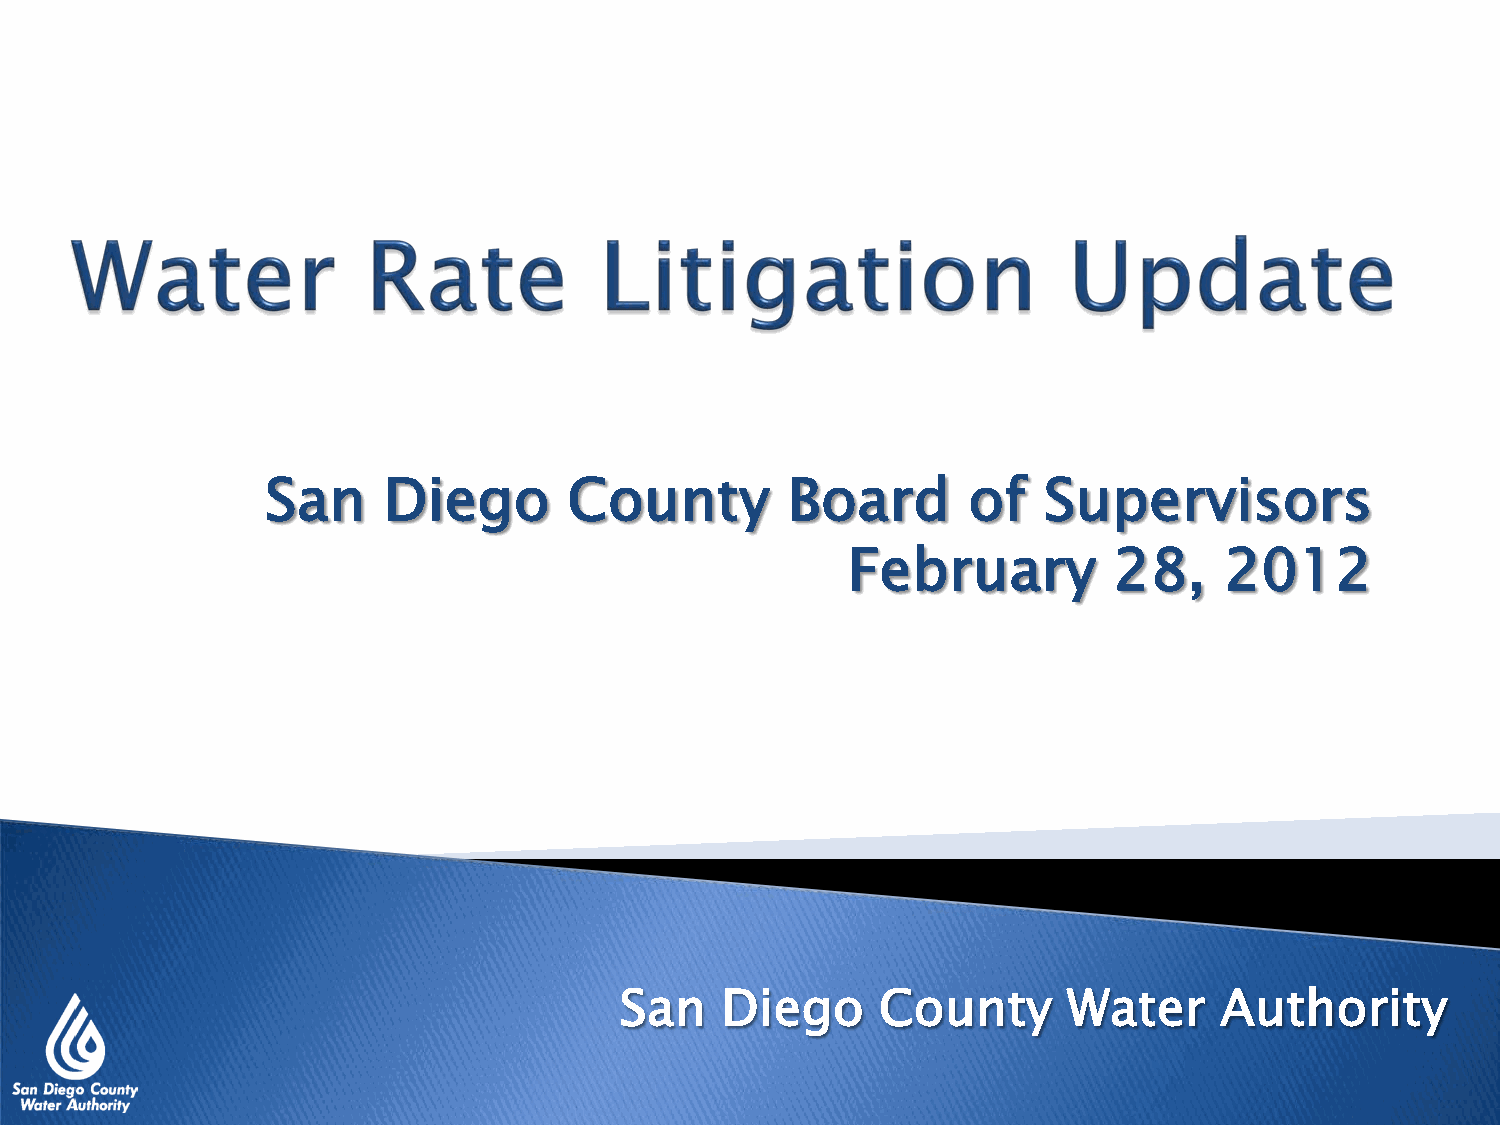
San    Diego        County        Board       of   Supervisors
 February          28,    2012
 San    Diego     County       Water     Authority